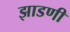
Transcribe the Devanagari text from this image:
झाडणी